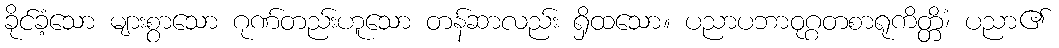
ခိုင်ခံ့သော များစွာသော ဂုဏ်တည်းဟူသော တန်ဆာလည်း ရှိထသော။ ပညာပဘာဝုဂ္ဂတစာရုကိတ္တိံ၊ ပညာ၏